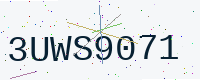
Text: 3UWS9071